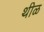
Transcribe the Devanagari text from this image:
थीळ